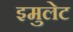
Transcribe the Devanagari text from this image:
इमुलेट